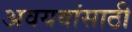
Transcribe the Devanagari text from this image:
अवयवांसाठी